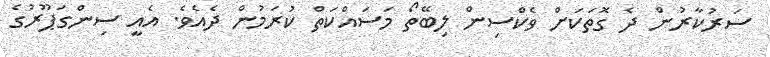
ސަރުކާރުން ދެ ގޮތަކަށް ވެކްސިން ލިބޭތޯ މަސައްކަތް ކުރަމުން ދެއެވެ. އެއީ ސިންގަޕޫރުގެ